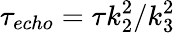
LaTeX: \tau_{echo}=\tau k_{2}^{2}/k_{3}^{2}